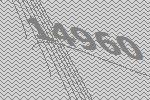
14960